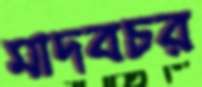
মাদবচর